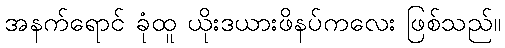
အနက်ရောင် ခုံထူ ယိုးဒယားဖိနပ်ကလေး ဖြစ်သည်။